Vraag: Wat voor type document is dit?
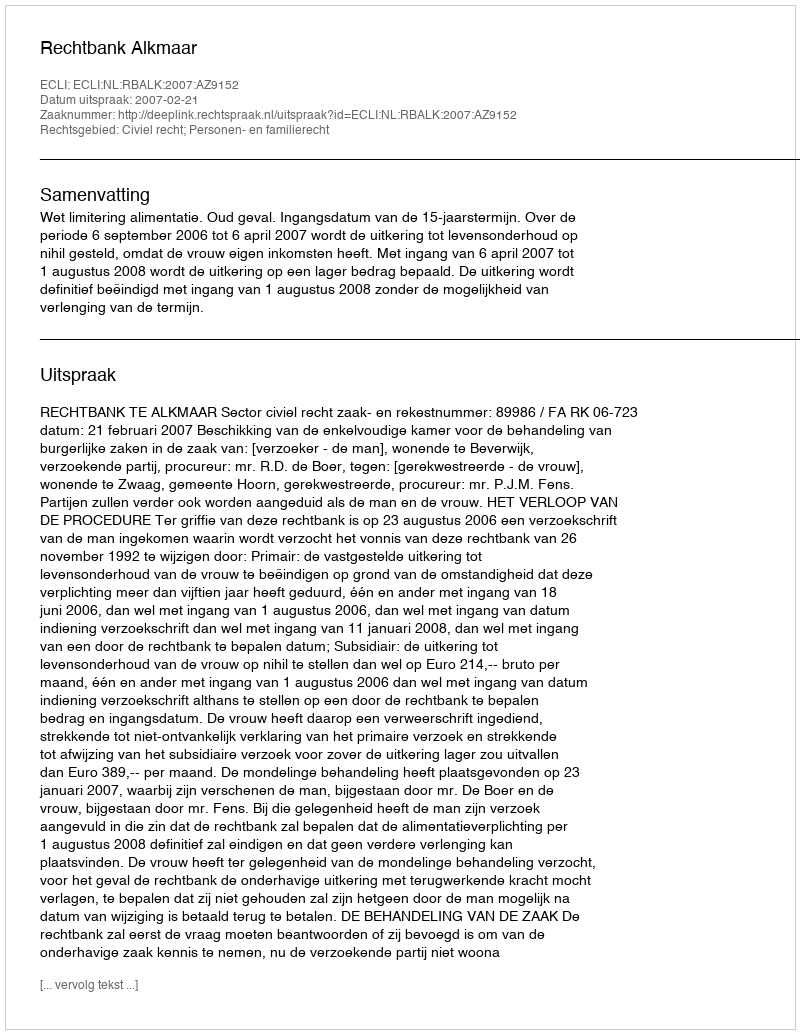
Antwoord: Uitspraak